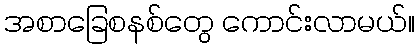
အစာခြေစနစ်တွေ ကောင်းလာမယ်။